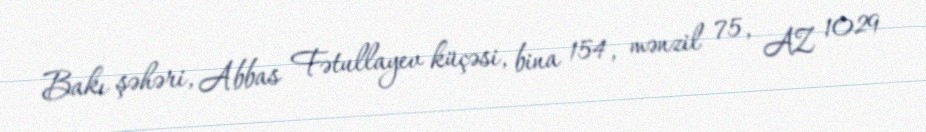
Bakı şəhəri, Abbas Fətullayev küçəsi, bina 154, mənzil 75, AZ 1029